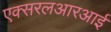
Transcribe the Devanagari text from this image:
एक्सरलआरआर्इ